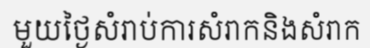
មួយថ្ងៃសំរាប់ការសំរាកនិងសំរាក